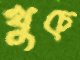
খুচে